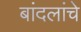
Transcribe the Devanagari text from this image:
बांदलांचे